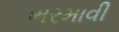
ભરમાવી